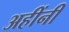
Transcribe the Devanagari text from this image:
अहींनी